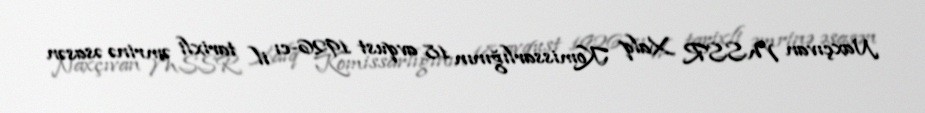
Naxçıvan MSSR Xalq Komissarlığının 18 avqust 1926-cı il tarixli əmrinə əsasən